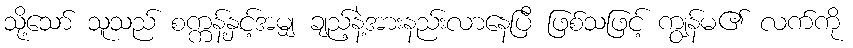
သို့သော် သူသည် စက္ကန့်နှင့်အမျှ ချည့်နဲ့အားနည်းလာနေပြီ ဖြစ်သဖြင့် ကျွန်မ၏ လက်ကို